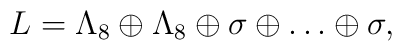
L = \Lambda_8 \oplus \Lambda_8 \oplus \sigma \oplus \ldots \oplus \sigma,